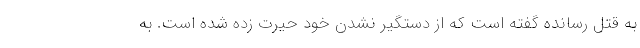
به قتل رسانده گفته است که از دستگیر نشدن خود حیرت زده شده است. به